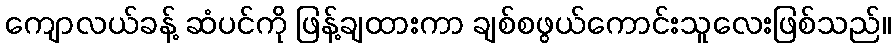
ကျောလယ်ခန့် ဆံပင်ကို ဖြန့်ချထားကာ ချစ်စဖွယ်ကောင်းသူလေးဖြစ်သည်။